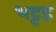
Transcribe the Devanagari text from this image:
भट्टड़